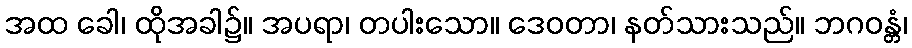
အထ ခေါ၊ ထိုအခါ၌။ အပရာ၊ တပါးသော။ ဒေဝတာ၊ နတ်သားသည်။ ဘဂဝန္တံ၊